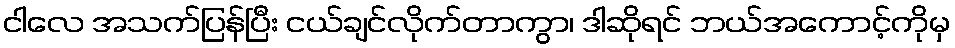
ငါလေ အသက်ပြန်ပြီး ငယ်ချင်လိုက်တာကွာ၊ ဒါဆိုရင် ဘယ်အကောင့်ကိုမှ